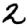
Digit: 2